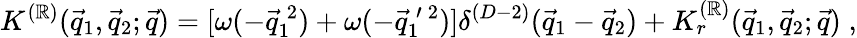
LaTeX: K^{(\mathbb{R})}(\vec{{q}}_{1},\vec{{q}}_{2};\vec{{q}})=[\omega(-\vec{{q}}_{1}^{\: 2})+\omega(-\vec{{q}}_{1}^{\: \prime\: 2})]\delta^{(D-2)}(\vec{{q}}_{1}-\vec{{q}}_{2})+K_{r}^{(\mathbb{R})}(\vec{{q}}_{1},\vec{{q}}_{2};\vec{{q}})\; ,